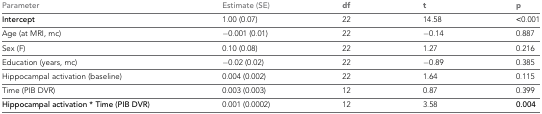
<table><thead><tr><td><b>Parameter</b></td><td><b>Estimate (SE)</b></td><td><b>df</b></td><td><b>t</b></td><td><b>p</b></td></tr></thead><tbody><tr><td><b>Intercept</b></td><td>1.00 (0.07)</td><td>22</td><td>14.58</td><td><b>&lt;</b>0.001</td></tr><tr><td>Age (at MRI, mc)</td><td>−0.001 (0.01)</td><td>22</td><td>−0.14</td><td>0.887</td></tr><tr><td>Sex (F)</td><td>0.10 (0.08)</td><td>22</td><td>1.27</td><td>0.216</td></tr><tr><td>Education (years, mc)</td><td>−0.02 (0.02)</td><td>22</td><td>−0.89</td><td>0.385</td></tr><tr><td>Hippocampal activation (baseline)</td><td>0.004 (0.002)</td><td>22</td><td>1.64</td><td>0.115</td></tr><tr><td>Time (PIB DVR)</td><td>0.003 (0.003)</td><td>12</td><td>0.87</td><td>0.399</td></tr><tr><td><b>Hippocampal activation * Time (PIB DVR)</b></td><td>0.001 (0.0002)</td><td>12</td><td>3.58</td><td><b>0.004</b></td></tr></tbody></table>